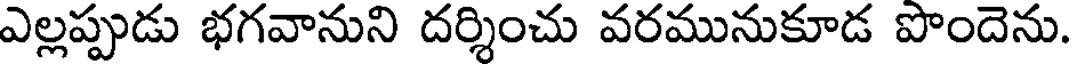
ఎల్లప్పుడు భగవానుని దర్శించు వరమునుకూడ పొందెను.